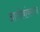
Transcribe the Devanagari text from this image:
आजोबांवरून